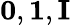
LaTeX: \mathbf{0},\mathbf{1},\mathbf{I}